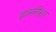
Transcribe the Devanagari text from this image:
हल्लीशा